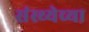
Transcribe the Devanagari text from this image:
संस्थ्येच्या